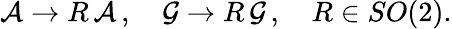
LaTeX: {\cal A}\rightarrow R\, {\cal A}\, ,\quad{\cal G}\rightarrow R\, {\cal G}\, ,\quad R\in SO(2).